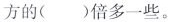
方的( )倍多一些。